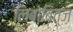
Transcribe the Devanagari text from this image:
लिबोबित्ज़